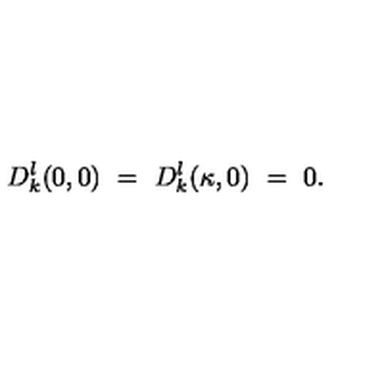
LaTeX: D _ { k } ^ { l } ( 0 , 0 ) \ = \ D _ { k } ^ { l } ( \kappa , 0 ) \ = \ 0 .